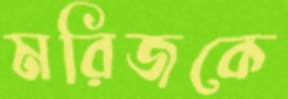
মরিজকে